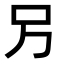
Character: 𠮠